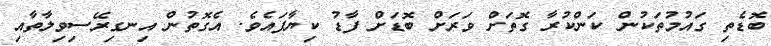
ބޮޑެތި ގައުމުތަކުން ކަންކުރާ ގޮތަށް ވަރަށް ބޮޑަށް ފާޑު ކިޔާފައެވެ. އެގޮތުން އިނގިރޭސިވިލާތާއި